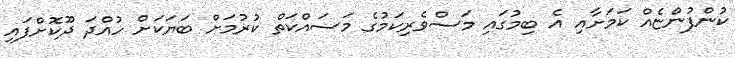
ކުންފުންޏެއް ކަމަށާއި އެ ބިމުގައި މަސްވެރިކަމުގެ މަސައްކަތް ކުރުމަށް ބަޔަކަށް ހުއްދަ ދޫކޮށްފައި